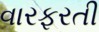
વારફરતી